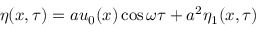
\eta ( x , \tau ) = a u _ { 0 } ( x ) \cos \omega \tau + a ^ { 2 } \eta _ { 1 } ( x , \tau )